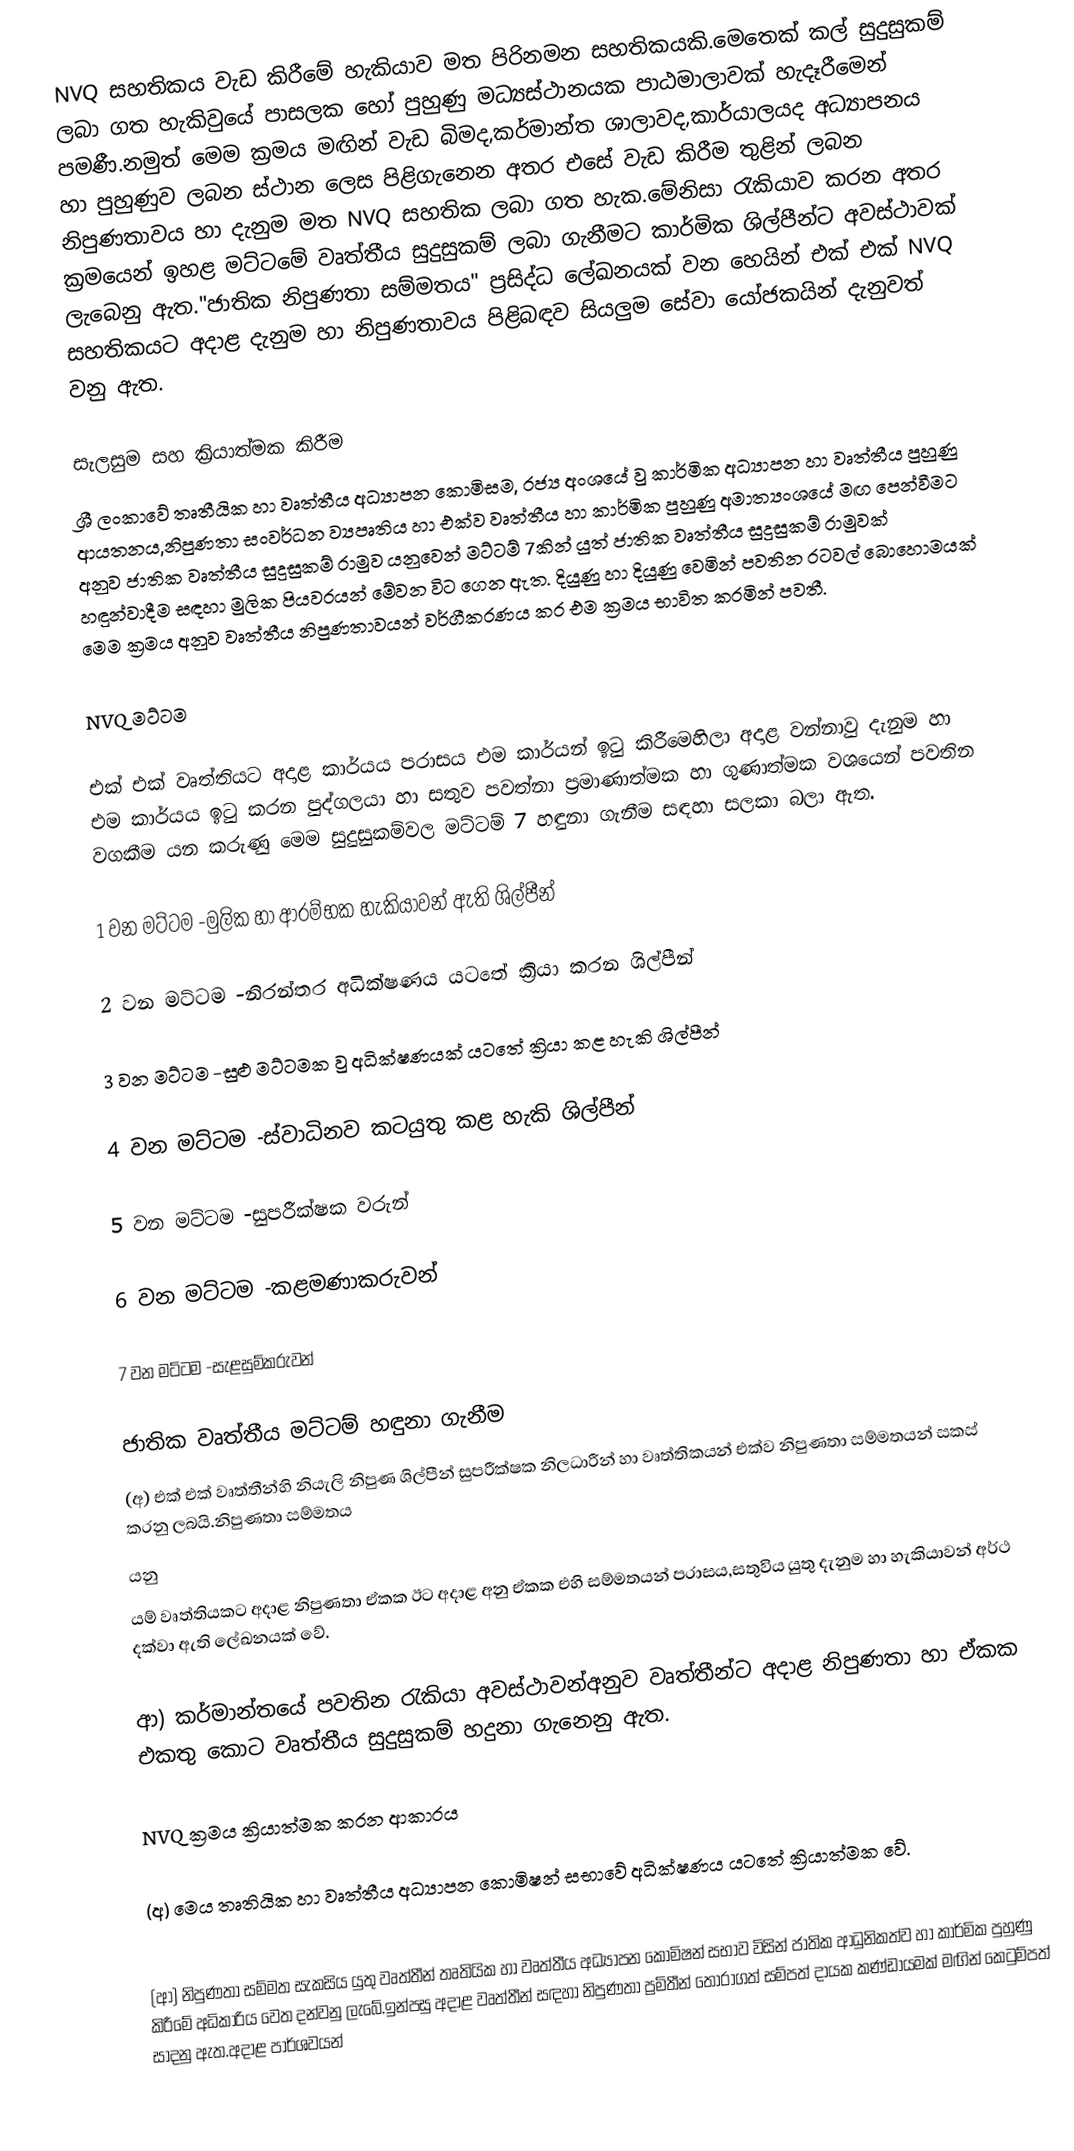
NVQ සහතිකය වැඩ කිරීමේ හැකියාව මත පිරිනමන සහතිකයකි.මෙතෙක් කල් සුදුසුකම් ලබා ගත හැකිවුයේ පාසලක හෝ පුහුණු මධ්‍යස්ථානයක පාඨමාලාවක් හැදෑරීමෙන් පමණී.නමුත් මෙම ක්‍රමය මඟින් වැඩ බිමද,කර්මාන්ත ශාලාවද,කාර්යාලයද අධ්‍යාපනය හා පුහුණුව ලබන ස්ථාන ලෙස පිළිගැනෙන අතර එසේ වැඩ කිරීම තුළින් ලබන නිපුණතාවය හා දැනුම මත NVQ සහතික ලබා ගත හැක.මේනිසා රැකියාව කරන අතර ක්‍රමයෙන් ඉහළ මට්ටමේ වෘත්තීය සුදුසුකම් ලබා ගැනීමට කාර්මික ශිල්පීන්ට අවස්ථාවක් ලැබෙනු ඇත."ජාතික නිපුණතා සම්මතය" ප්‍රසිද්ධ ලේඛනයක් වන හෙයින් එක් එක් NVQ සහතිකයට අදාළ දැනුම හා නිපුණතාවය පිළිබඳව සියලුම සේවා යෝජකයින් දැනුවත් වනු ඇත.

සැලසුම සහ ක්‍රියාත්මක කිරීම
ශ්‍රී ලංකාවේ තෘතීයික හා වෘත්තීය අධ්‍යාපන කොමිසම, රජ්‍ය අංශයේ වු කාර්මික අධ්‍යාපන හා වෘත්තීය පුහුණු ආයතනය,නිපුණතා සංවර්ධන ව්‍යපෘතිය හා එක්ව වෘත්තීය හා කාර්මික පුහුණු අමාත්‍යංශයේ මඟ පෙන්වීමට අනුව ජාතික වෘත්තීය සුදුසුකම් රාමුව යනුවෙන් මට්ටම් 7කින් යුත් ජාතික වෘත්තීය සුදුසුකම් රාමුවක් හඳුන්වාදීම සඳහා මුලික පියවරයන් මේවන විට ගෙන ඇත. දියුණු හා දියුණු වෙමින් පවතින රටවල් බොහොමයක් මෙම ක්‍රමය අනුව වෘත්තීය නිපුණතාවයන් වර්ගීකරණය කර එම ක්‍රමය භාවිත කරමින් පවතී.

NVQ මට්ටම

එක් එක් වෘත්තියට අදාළ කාර්යය පරාසය එම කාර්යන් ඉටු කිරීමෙහිලා අදාළ වන්නාවු දැනුම හා එම කාර්යය ඉටු කරන පුද්ගලයා හා සතුව පවත්නා ප්‍රමාණාත්මක හා ගුණාත්මක වශයෙන් පවතින වගකීම යන කරුණු මෙම සුදුසුකම්වල මට්ටම් 7 හඳුනා ගැනීම සඳහා සලකා බලා ඇත.

1 වන මට්ටම	-මුලික හා ආරම්භක හැකියාවන් ඇති ශිල්පීන්

2 වන මට්ටම	-නිරන්තර අධික්ෂණය යටතේ ක්‍රියා කරන ශිල්පීන්

3 වන මට්ටම	-සුළු මට්ටමක වු අධික්ෂණයක් යටතේ ක්‍රියා කළ හැකි ශිල්පීන්

4 වන මට්ටම	-ස්වාධිනව කටයුතු කළ හැකි ශිල්පීන්

5 වන මට්ටම	-සුපරීක්ෂක වරුන්

6 වන මට්ටම	-කළමණාකරුවන්

7 වන මට්ටම	-සැළසුම්කරුවන්

ජාතික වෘත්තීය මට්ටම් හඳුනා ගැනීම
(අ) එක් එක් වෘත්තීන්හි නියැලි නිපුණ ශිල්පීන් සුපරීක්ෂක නිලධාරීන් හා වෘත්තිකයන් එක්ව නිපුණතා සම්මතයන් සකස් කරනු ලබයි.නිපුණතා සම්මතය
යනු
යම් වෘත්තියකට අදාළ නිපුණතා ඒකක ඊට අදාළ අනු ඒකක එහි සම්මතයන් පරාසය,සතුවිය යුතු දැනුම හා හැකියාවන් අර්ථ දක්වා ඇති ලේඛනයක් වේ.

ආ) කර්මාන්තයේ පවතින රැකියා අවස්ථාවන්අනුව වෘත්තීන්ට අදාළ නිපුණතා හා ඒකක එකතු කොට වෘත්තීය සුදුසුකම් හදුනා ගැනෙනු ඇත.

NVQ ක්‍රමය ක්‍රියාත්මක කරන ආකාරය

(අ) මෙය තෘතියික හා වෘත්තීය අධ්‍යාපන කොමිෂන් සභාවේ අධික්ෂණය යටතේ ක්‍රියාත්මක වේ.

(ආ) නිපුණතා සම්මත සැකසිය යුතු වෘත්තීන් තෘතියික හා වෘත්තීය අධ්‍යාපන කොමිෂන් සභාව විසින් ජාතික ආධුනිකත්ව හා කාර්මික පුහුණු කිරීමේ අධිකාරිය වෙත දන්වනු ලැබේ.ඉන්පසු අදාළ වෘත්තීන් සඳහා නිපුණතා ප්‍රමිතීන් තෝරාගත් සම්පත් දායක කණ්ඩායමක් මඟින් කෙටුම්පත් සාදනු ඇත.අදාළ පාර්ශවයන්